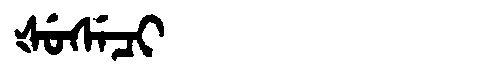
Manchu: ᡧᡠᠰᡝᠴᡳ
Romanization: ŠUSECI